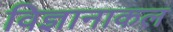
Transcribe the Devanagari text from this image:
विज्ञानाकल